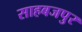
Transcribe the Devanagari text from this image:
साहबजपुर